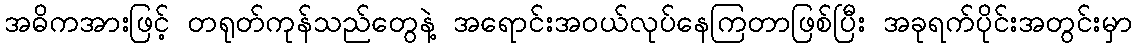
အဓိကအားဖြင့် တရုတ်ကုန်သည်တွေနဲ့ အရောင်းအဝယ်လုပ်နေကြတာဖြစ်ပြီး အခုရက်ပိုင်းအတွင်းမှာ